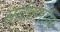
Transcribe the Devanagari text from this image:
सर्ववर्णाग्र्यः